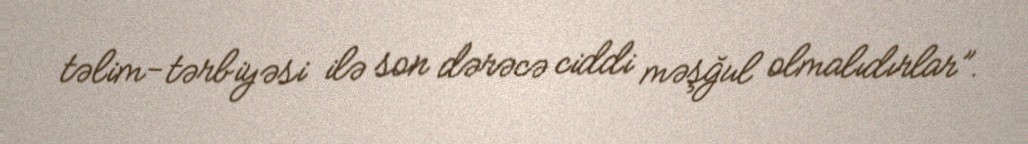
təlim-tərbiyəsi ilə son dərəcə ciddi məşğul olmalıdırlar”.